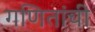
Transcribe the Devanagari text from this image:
गणितांची